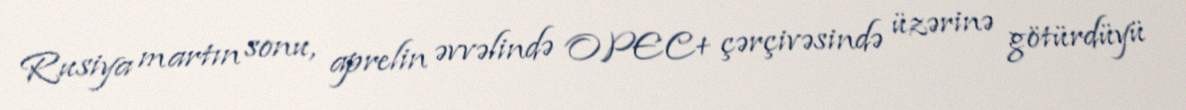
Rusiya martın sonu, aprelin əvvəlində OPEC+ çərçivəsində üzərinə götürdüyü